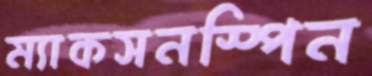
ম্যাকসনস্পিন